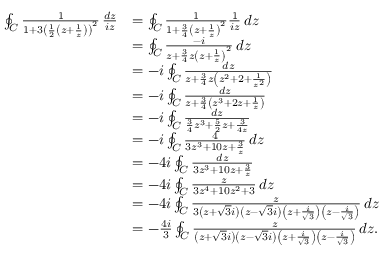
{ \begin{array} { r l } { \oint _ { C } { \frac { 1 } { 1 + 3 \left( { \frac { 1 } { 2 } } \left( z + { \frac { 1 } { z } } \right) \right) ^ { 2 } } } \, { \frac { d z } { i z } } } & { = \oint _ { C } { \frac { 1 } { 1 + { \frac { 3 } { 4 } } \left( z + { \frac { 1 } { z } } \right) ^ { 2 } } } { \frac { 1 } { i z } } \, d z } \\ & { = \oint _ { C } { \frac { - i } { z + { \frac { 3 } { 4 } } z \left( z + { \frac { 1 } { z } } \right) ^ { 2 } } } \, d z } \\ & { = - i \oint _ { C } { \frac { d z } { z + { \frac { 3 } { 4 } } z \left( z ^ { 2 } + 2 + { \frac { 1 } { z ^ { 2 } } } \right) } } } \\ & { = - i \oint _ { C } { \frac { d z } { z + { \frac { 3 } { 4 } } \left( z ^ { 3 } + 2 z + { \frac { 1 } { z } } \right) } } } \\ & { = - i \oint _ { C } { \frac { d z } { { \frac { 3 } { 4 } } z ^ { 3 } + { \frac { 5 } { 2 } } z + { \frac { 3 } { 4 z } } } } } \\ & { = - i \oint _ { C } { \frac { 4 } { 3 z ^ { 3 } + 1 0 z + { \frac { 3 } { z } } } } \, d z } \\ & { = - 4 i \oint _ { C } { \frac { d z } { 3 z ^ { 3 } + 1 0 z + { \frac { 3 } { z } } } } } \\ & { = - 4 i \oint _ { C } { \frac { z } { 3 z ^ { 4 } + 1 0 z ^ { 2 } + 3 } } \, d z } \\ & { = - 4 i \oint _ { C } { \frac { z } { 3 \left( z + { \sqrt { 3 } } i \right) \left( z - { \sqrt { 3 } } i \right) \left( z + { \frac { i } { \sqrt { 3 } } } \right) \left( z - { \frac { i } { \sqrt { 3 } } } \right) } } \, d z } \\ & { = - { \frac { 4 i } { 3 } } \oint _ { C } { \frac { z } { \left( z + { \sqrt { 3 } } i \right) \left( z - { \sqrt { 3 } } i \right) \left( z + { \frac { i } { \sqrt { 3 } } } \right) \left( z - { \frac { i } { \sqrt { 3 } } } \right) } } \, d z . } \end{array} }